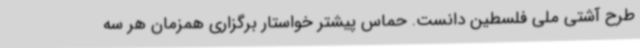
طرح آشتی ملی فلسطین دانست. حماس پیشتر خواستار برگزاری همزمان هر سه